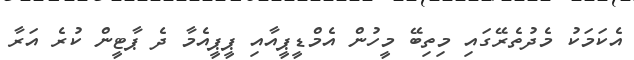
އެކަމަކު މެދުތެރޭގައި މިތިބޭ މީހުން އެމްޑީޕީއާއި ޕީޕީއެމާ ދެ ޕާޓީން ކުރެ އަރާ